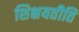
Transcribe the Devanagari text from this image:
शिक्षयतीति